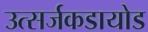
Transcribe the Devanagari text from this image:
उत्सर्जकडायोड